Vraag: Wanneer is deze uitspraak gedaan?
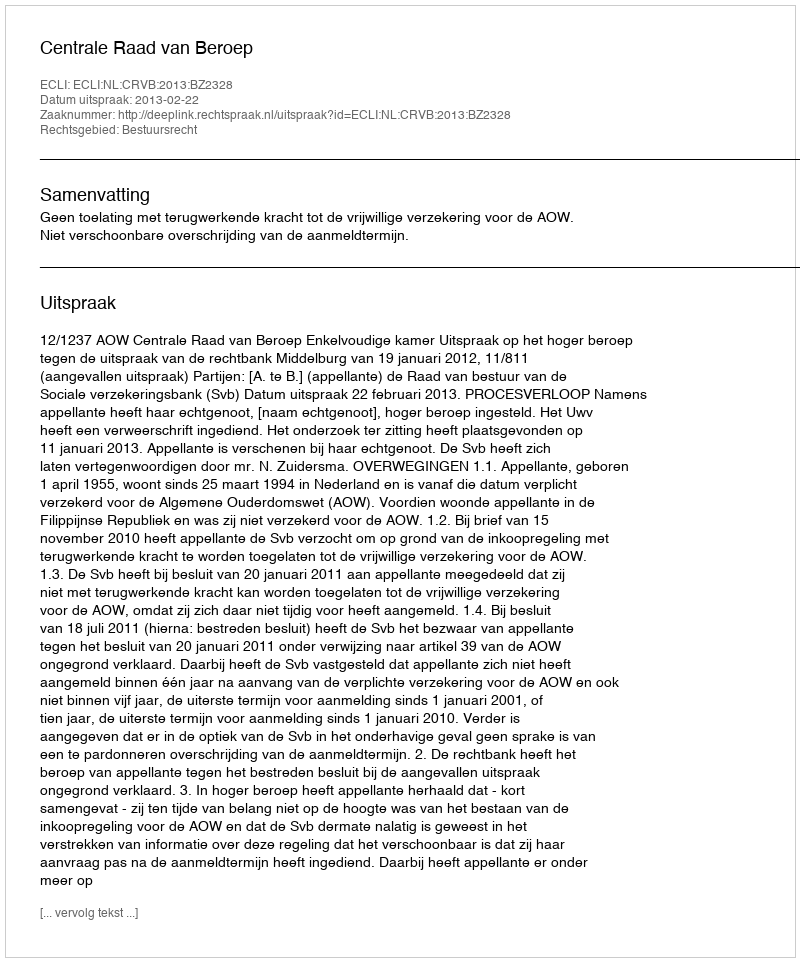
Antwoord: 2013-02-22